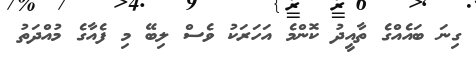
ގިނަ ބައެއްގެ ތާއީދު ކޮންމެ އަހަރަކު ވެސް ލިބޭ މި ފެއާގެ މުއްދަތު